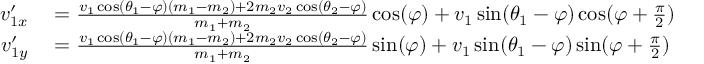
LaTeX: \begin{array} { r l } { v _ { 1 x } ^ { \prime } } & { { } = { \frac { v _ { 1 } \cos ( \theta _ { 1 } - \varphi ) ( m _ { 1 } - m _ { 2 } ) + 2 m _ { 2 } v _ { 2 } \cos ( \theta _ { 2 } - \varphi ) } { m _ { 1 } + m _ { 2 } } } \cos ( \varphi ) + v _ { 1 } \sin ( \theta _ { 1 } - \varphi ) \cos ( \varphi + { \frac { \pi } { 2 } } ) } \\ { v _ { 1 y } ^ { \prime } } & { { } = { \frac { v _ { 1 } \cos ( \theta _ { 1 } - \varphi ) ( m _ { 1 } - m _ { 2 } ) + 2 m _ { 2 } v _ { 2 } \cos ( \theta _ { 2 } - \varphi ) } { m _ { 1 } + m _ { 2 } } } \sin ( \varphi ) + v _ { 1 } \sin ( \theta _ { 1 } - \varphi ) \sin ( \varphi + { \frac { \pi } { 2 } } ) } \end{array}